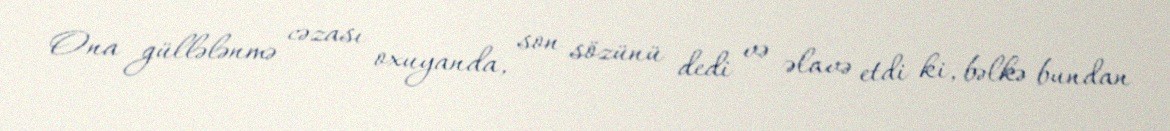
Ona güllələnmə cəzası oxuyanda, son sözünü dedi və əlavə etdi ki, bəlkə bundan